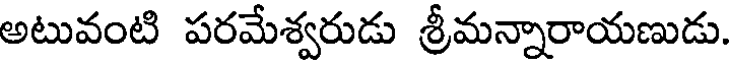
అటువంటి పరమేశ్వరుడు శ్రీమన్నారాయణుడు.